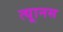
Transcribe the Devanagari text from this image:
त्यूानस